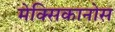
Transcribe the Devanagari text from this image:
मेक्सिकानोस